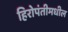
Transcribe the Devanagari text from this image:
हिरोपंतीमधील